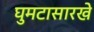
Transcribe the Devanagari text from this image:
घुमटासारखे